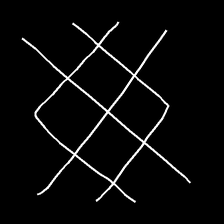
Glyph: crystal